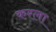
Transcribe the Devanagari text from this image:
करला